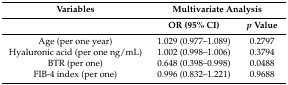
<table><thead><tr><td><b>Variables</b></td><td colspan="2"><b>Multivariate Analysis</b></td></tr><tr><td></td><td><b>OR (95% CI)</b></td><td><b><i>p</i> Value</b></td></tr></thead><tbody><tr><td>Age (per one year)</td><td>1.029 (0.977–1.089)</td><td>0.2797</td></tr><tr><td>Hyaluronic acid (per one ng/mL)</td><td>1.002 (0.998–1.006)</td><td>0.3794</td></tr><tr><td>BTR (per one)</td><td>0.648 (0.398–0.998)</td><td>0.0488</td></tr><tr><td>FIB-4 index (per one)</td><td>0.996 (0.832–1.221)</td><td>0.9688</td></tr></tbody></table>